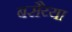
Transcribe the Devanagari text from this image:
बसैय्या